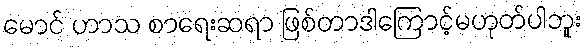
မောင် ဟာသ စာရေးဆရာ ဖြစ်တာဒါကြောင့်မဟုတ်ပါဘူး